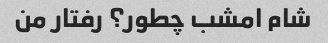
شام امشب چطور؟ رفتار من